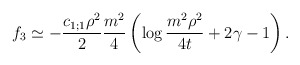
\begin{align*}f_3\simeq-\frac{c_{1;1}\rho^2}{2}\frac{m^2}{4}\left(\log\frac{m ^2\rho ^2}{4t}+2\gamma-1\right).\end{align*}